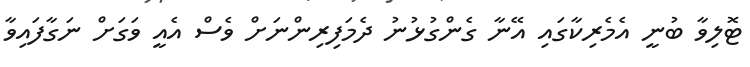
ޓޮލިވާ ބުނީ އެމެރިކާގައި އޭނާ ގެންގުޅުނު ދެމަފިރިންނަށް ވެސް އެއީ ވަގަށް ނަގާފައިވާ